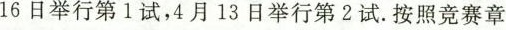
16日举行第1试，4月13日举行第2试按照竞赛章